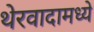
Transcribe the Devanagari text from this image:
थेरवादामध्ये